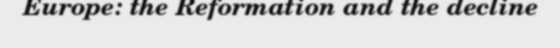
Europe: the Reformation and the decline